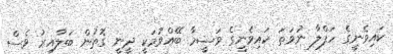
ކައިވެނީގެ ހަފްލާ ނުވަތަ ކައިވެނީގެ ވަޟީމާ ބޭއްވުމަކީ ދީނީ ގޮތުން ބަލާއިރު ވެސް